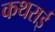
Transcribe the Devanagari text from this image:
कथराई